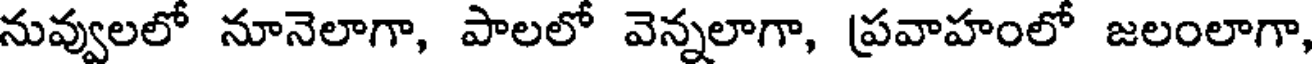
నువ్వులలో నూనెలాగా, పాలలో వెన్నలాగా, ప్రవాహంలో జలంలాగా,